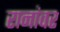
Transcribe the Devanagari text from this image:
रानांवर